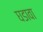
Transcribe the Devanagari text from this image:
घडावा